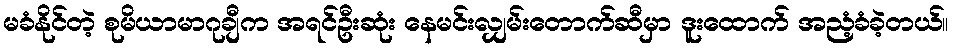
မခံနိုင်တဲ့ စုမိယာမာဂုချီက အရင်ဦးဆုံး နေမင်းလျှမ်းတောက်ဆီမှာ ဒူးထောက် အညံ့ခံခဲ့တယ်။